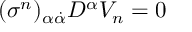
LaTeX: ( \sigma ^ { n } ) _ { \alpha \dot { \alpha } } D ^ { \alpha } V _ { n } = 0